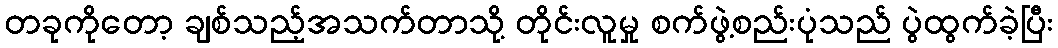
တခုကိုတော့ ချစ်သည့်အသက်တာသို့ တိုင်းလူမှု စက်ဖွဲ့စည်းပုံသည် ပွဲထွက်ခဲ့ပြီး